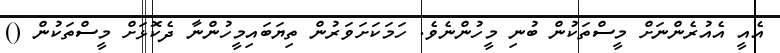
އެއީ އެއުރެންނަށް މީސްތަކުން ބުނި މީހުންނެވެ. ހަމަކަށަވަރުން ތިޔަބައިމީހުންނާ ދެކޮޅަށް މީސްތަކުން ()